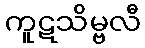
ကူဋသိမ္ဗလီ